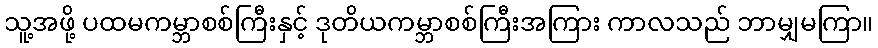
သူ့အဖို့ ပထမကမ္ဘာစစ်ကြီးနှင့် ဒုတိယကမ္ဘာစစ်ကြီးအကြား ကာလသည် ဘာမျှမကြာ။